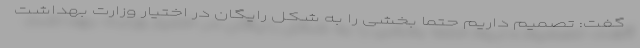
گفت: تصمیم داریم حتماً بخشی را به شکل رایگان در اختیار وزارت بهداشت